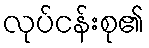
လုပ်ငန်းစု၏